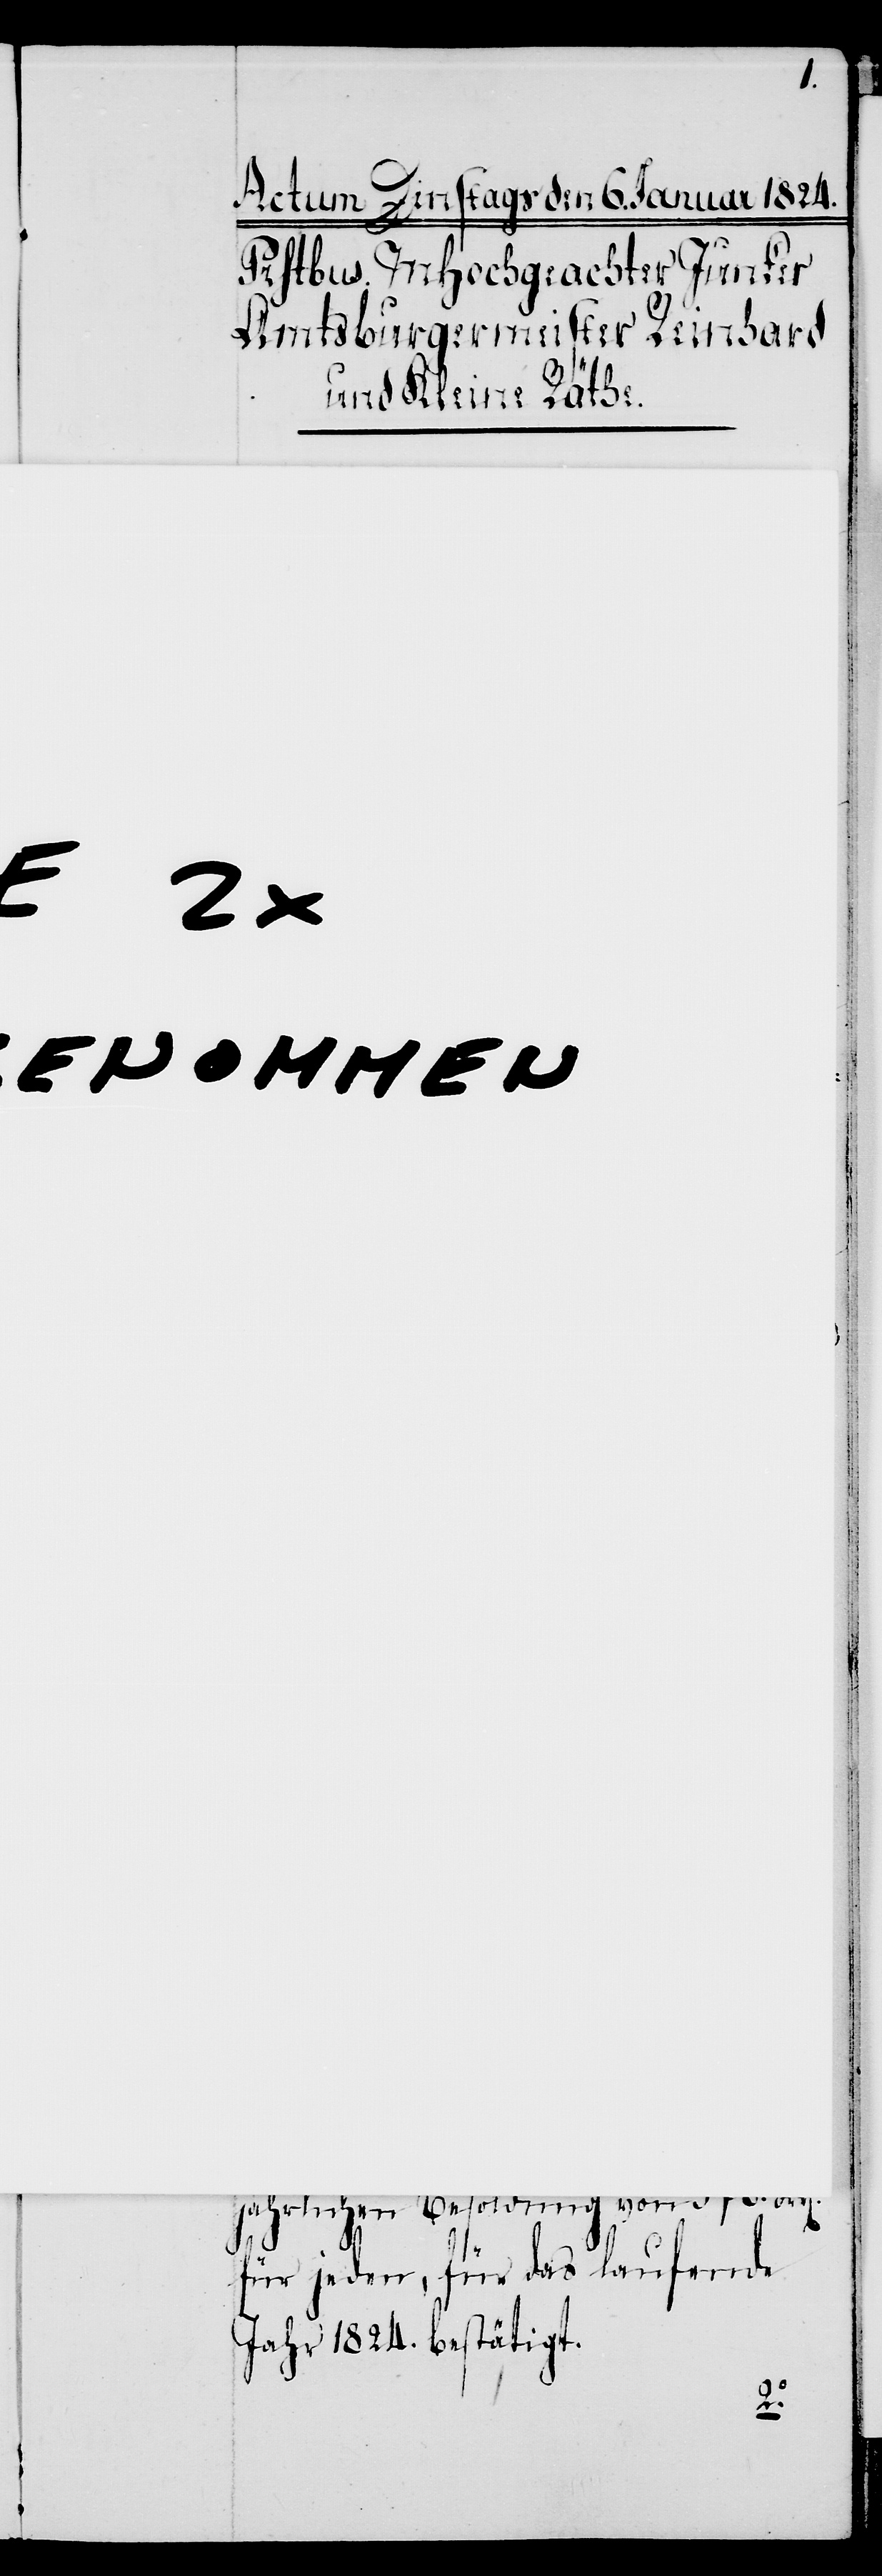
1.
als
mit der
jährlichen Besoldung von 576. Frk[en].
für jeden, für das laufende
Jahr 1824. bestätigt.